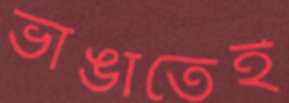
ভাঙাতেই